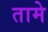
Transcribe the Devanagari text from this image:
तामे